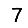
Digit: 7